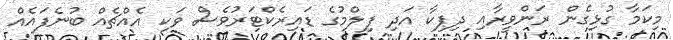
މިކަމާ ގުޅިގެން ރަންވީރާއި ދިޕިކާ އަދި ފިލްމުގެ ޑައިރެކްޓަރުވެސް ވަކި އެއްޗެއް ބުނެފައެއް